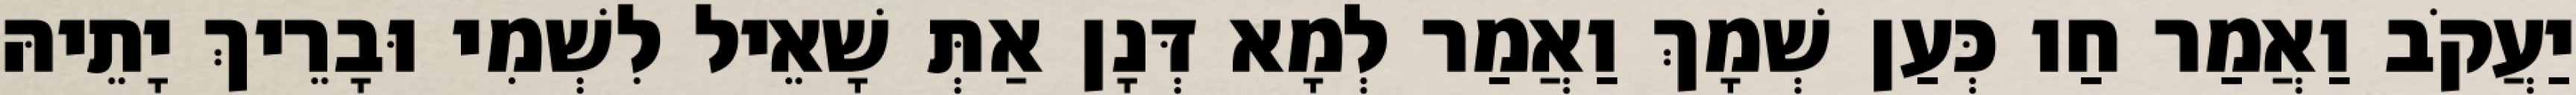
יַעֲקֹב וַאֲמַר חַו כְּעַן שְׁמָךְ וַאֲמַר לְמָא דְּנָן אַתְּ שָׁאֵיל לִשְׁמִי וּבָרֵיךְ יָתֵיהּ